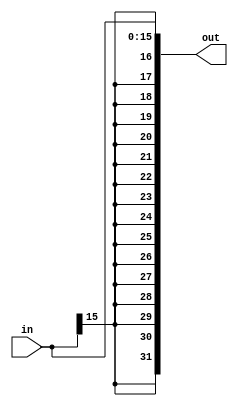

`timescale 1ns/1ns

module sign_extend(in, out);

input signed [15:0] in;

output signed [31:0] out;

assign out = in;

endmodule